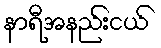
နာရီအနည်းငယ်